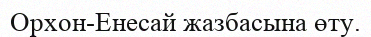
Орхон-Енесай жазбасына өту.